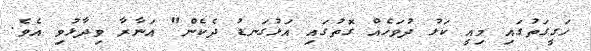
ހަގީގަތުގައި މިއީ ކަޅު ދުވަހެއް ގޮތުގައި އަޅުގަނޑު ދެކެން" އަނާރާ ވިދާޅުވި އެވެ.